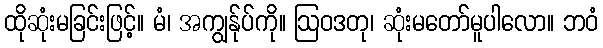
ထိုဆုံးမခြင်းဖြင့်။ မံ၊ အကျွန်ုပ်ကို။ ဩဝဒတု၊ ဆုံးမတော်မူပါလော။ ဘဝံ